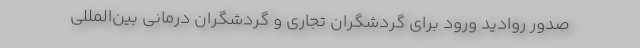
صدور روادید ورود برای گردشگران تجاری و گردشگران درمانی بین‌المللی